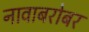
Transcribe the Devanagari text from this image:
नावाबरोबर